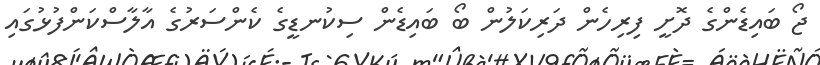
ޖޯ ބައިޑެންގެ ދޮށީ ފިރިހެން ދަރިކަލުން ބޯ ބައިޑެން ސިކުނޑީގެ ކެންސަރުގެ އާލާސްކަންފުޅުގައި